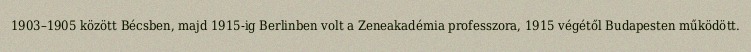
1903–1905 között Bécsben, majd 1915-ig Berlinben volt a Zeneakadémia professzora, 1915 végétől Budapesten működött.